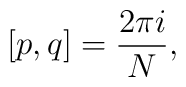
[p,q]=\frac{2\pi i}{N} ,